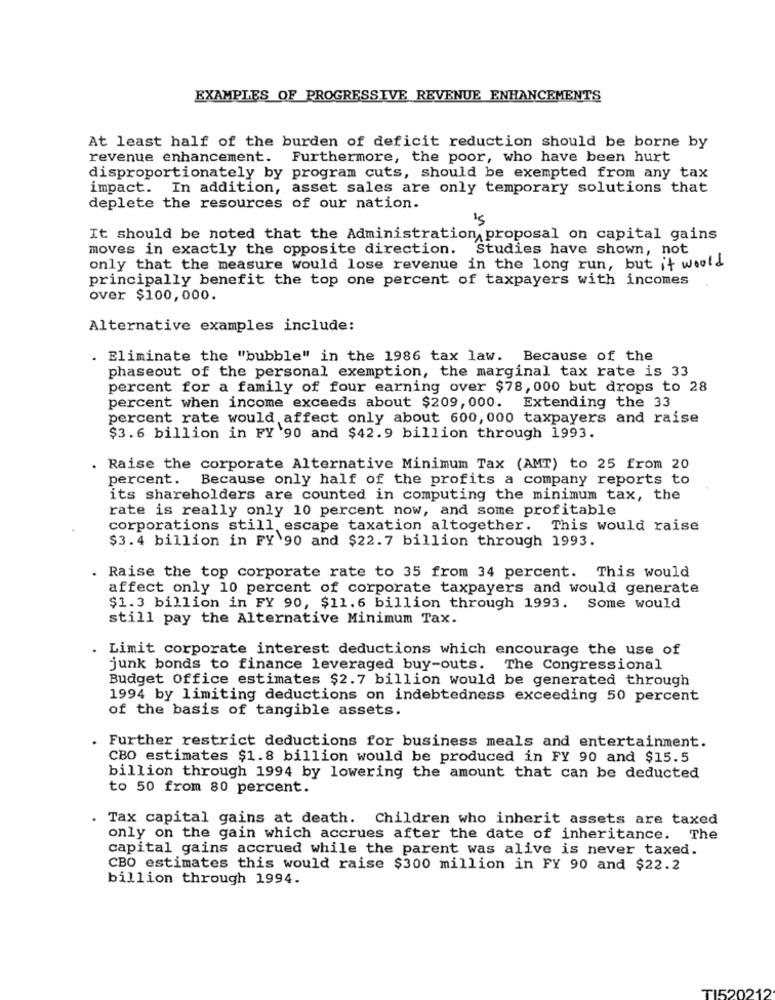
EXAMPLES OF PROGRESSIVE REVENUE ENHANCEMENTS
At least half of the burden of deficit reduction should be borne by
revenue enhancement. Furthermore, the poor, who have been hurt
disproportionately by program cuts, should be exempted from any tax
impact. In addition, asset sales are only temporary solutions that
deplete the resources of our nation.
It should be noted that the Administration proposal on capital gains
moves in exactly the opposite direction.
Studies have shown, not
only that the measure would lose revenue in the long run, but it would
principally benefit the top one percent of taxpayers with incomes
over $100,000.
Alternative examples include:
. Eliminate the "bubble" in the 1986 tax law. Because of the
phaseout of the personal exemption, the marginal tax rate is 33
percent for a family of four earning over $78, 000 but drops to 28
percent when income exceeds about $209, 000. Extending the 33
percent rate would affect only about 600, 000 taxpayers and raise
$3.6 billion in FY 90 and $42.9 billion through 1993.
. Raise the corporate Alternative Minimum Tax (AMT) to 25 from 20
percent. Because only half of the profits a company reports to
its shareholders are counted in computing the minimum tax, the
rate is really only 10 percent now, and some profitable
corporations still escape taxation altogether. This would raise
$3.4 billion in FY 90 and $22.7 billion through 1993.
. Raise the top corporate rate to 35 from 34 percent. This would
affect only 10 percent of corporate taxpayers and would generate
$1.3 billion in FY 90, $11.6 billion through 1993. Some would
still pay the Alternative Minimum Tax.
Limit corporate interest deductions which encourage the use of
junk bonds to finance leveraged buy-outs. The Congressional
Budget Office estimates $2.7 billion would be generated through
1994 by limiting deductions on indebtedness exceeding 50 percent
of the basis of tangible assets.
Further restrict deductions for business meals and entertainment.
CBO estimates $1.8 billion would be produced in FY 90 and $15.5
billion through 1994 by lowering the amount that can be deducted
to 50 from 80 percent.
Tax capital gains at death. Children who inherit assets are taxed
only on the gain which accrues after the date of inheritance.
The
capital gains accrued while the parent was alive is never taxed.
CBO estimates this would raise $300 million in FY 90 and $22.2
billion through 1994.
TI520212